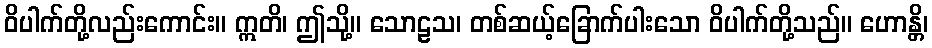
ဝိပါက်တို့လည်းကောင်း။ ဣတိ၊ ဤသို့။ သောဠသ၊ တစ်ဆယ့်ခြောက်ပါးသော ဝိပါက်တို့သည်။ ဟောန္တိ၊